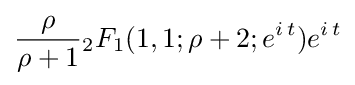
{\frac {\rho }{\rho +1}}{}_{2}F_{1}(1,1;\rho +2;e^{i\,t})e^{i\,t}